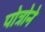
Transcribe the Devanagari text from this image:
पोत्रोने